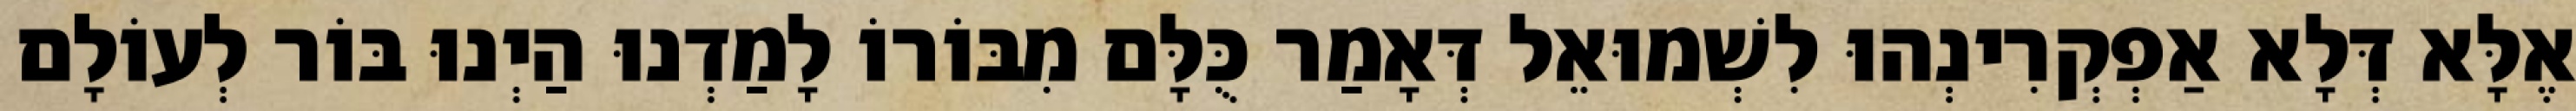
אֶלָּא דְּלָא אַפְקְרִינְהוּ לִשְׁמוּאֵל דְּאָמַר כֻּלָּם מִבּוֹרוֹ לָמַדְנוּ הַיְנוּ בּוֹר לְעוֹלָם